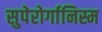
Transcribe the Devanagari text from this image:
सुपेरोर्गानिस्म